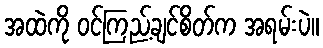
အထဲကို ဝင်ကြည့်ချင်စိတ်က အရမ်းပဲ။